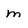
Character: m